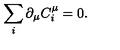
\sum _ { i } \partial _ { \mu } C _ { i } ^ { \mu } = 0 .